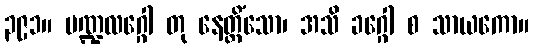
၃၉၁။ မဏ္ဍလဂ္ဂေါ တု နေတ္တိံသော၊ အသိ ခဂ္ဂေါ စ သာယကော။